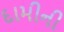
દામીની